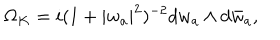
\Omega _ { K } = i ( 1 + | w _ { a } | ^ { 2 } ) ^ { - 2 } d w _ { a } \wedge d \bar { w } _ { a } ,